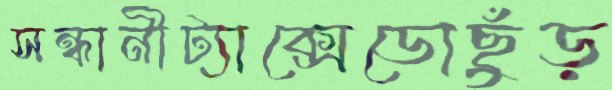
সন্ধানীট্যাক্সেডোছুঁড়